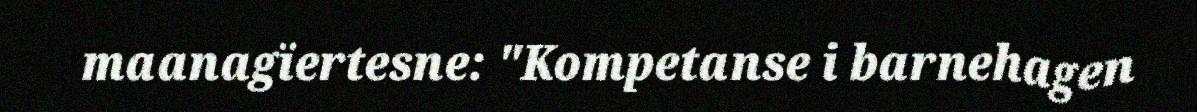
maanagïertesne: "Kompetanse i barnehagen